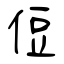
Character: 侸